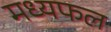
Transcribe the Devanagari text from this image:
मध्यफल